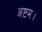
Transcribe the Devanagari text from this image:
अष्टम।